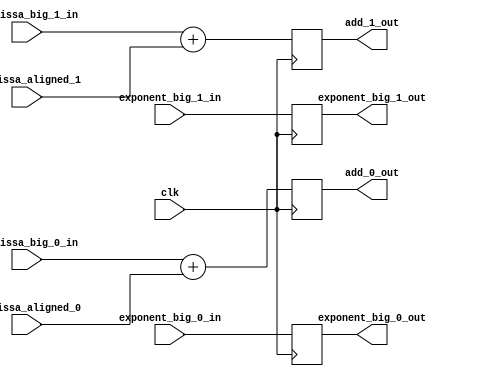
`timescale 1ns / 1ps
//////////////////////////////////////////////////////////////////////////////////
// 
// Design Name: 
// Module Name: fp32_adder_dual_add_stage
// Project Name: 
// Target Devices: 
// Tool Versions: 
// Description: 
// 
// Dependencies: 
// 
// Revision:
// Revision 0.01 - File Created
// Additional Comments:
// 
//////////////////////////////////////////////////////////////////////////////////


/*(* use_dsp48 = "yes" *) */module fp32_adder_dual_add_stage
#(
  parameter EXPONENT_WIDTH = 8,
  parameter MANTISA_WIDTH = 24
) (
  input  wire clk,//controll signal in
  input  wire signed [EXPONENT_WIDTH-1:0] exponent_big_0_in, exponent_big_1_in,
  input  wire signed [MANTISA_WIDTH-1:0] mantissa_big_0_in, mantissa_aligned_0,
  input  wire signed [MANTISA_WIDTH-1:0] mantissa_big_1_in, mantissa_aligned_1,
  
  output reg  signed [EXPONENT_WIDTH-1:0] exponent_big_0_out, exponent_big_1_out,
  output reg  signed [MANTISA_WIDTH:0] add_0_out, add_1_out
);

  always @(posedge clk) 
  begin
    //DSP48e1 SIMD mode
    add_0_out <= mantissa_big_0_in + mantissa_aligned_0; 
    add_1_out <= mantissa_big_1_in + mantissa_aligned_1;
    exponent_big_0_out <= exponent_big_0_in;
    exponent_big_1_out <= exponent_big_1_in;
  end
endmodule